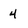
Character: 4